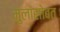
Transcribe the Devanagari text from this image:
मुलांसोबत